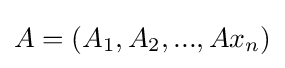
A=(A_{1},A_{2},...,Ax_{n})